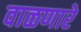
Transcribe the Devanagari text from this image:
वाळणारे